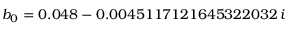
b _ { 0 } = 0 . 0 4 8 - 0 . 0 0 4 5 1 1 7 1 2 1 6 4 5 3 2 2 0 3 2 \, i